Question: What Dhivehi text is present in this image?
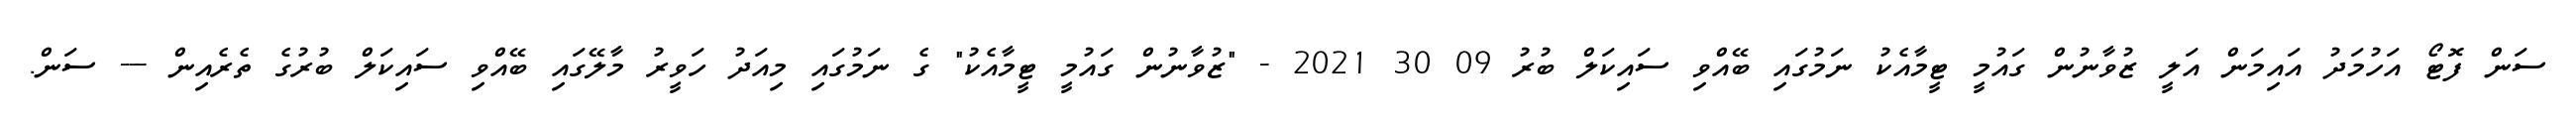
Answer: ސަން ފޮޓޯ އަހުމަދު އައިމަން އަލީ ޒުވާނުން ގައުމީ ޓީމާއެކު ނަމުގައި ބޭއްވި ސައިކަލް ބުރު 09 30 2021 - "ޒުވާނުން ގައުމީ ޓީމާއެކު" ގެ ނަމުގައި މިއަދު ހަވީރު މާލޭގައި ބޭއްވި ސައިކަލް ބުރުގެ ތެރެއިން --- ސަން.